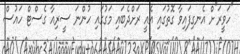
"ހަވީރަ"ށް އެނގިފައިވާ ގޮތުގައި އެއީ ރަށްދެބައި މަގުގައި ހުންނަ ސީރިއާ ގެސްޓް ހައުސް